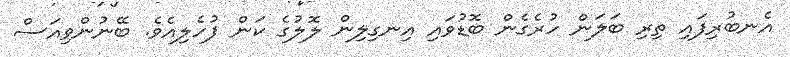
އެނބުރިފައި ތިރި ބަލަން ހުރެގެން ބޮޑުވައި އިނގިލިން ލޮލުގެ ކަން ފުހެލިއެވެ. ބޭނުންވިއަސް